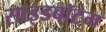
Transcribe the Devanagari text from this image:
साइडबॉटम